Document type: Sale
Year: 1423
Scribe: Joan Franc
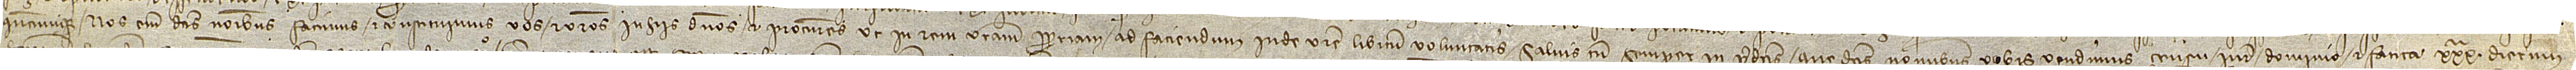
quecumque. Nos enim dictis nominibus facimus et constituimus vos et vestros in hiis dominos et procuratores ut in rem vestram propriam ad faciendum inde vestre libitum voluntatis, salvis tamen semper in predictis que dictis nominibus vobis vendimus censu, iure, dominio et fatica XXXª dierum